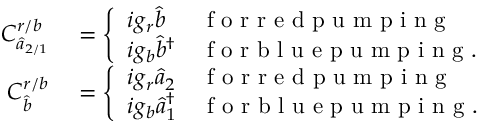
\begin{array} { r l } { C _ { \hat { a } _ { 2 / 1 } } ^ { r / b } } & { { } = \left\{ \begin{array} { l l } { i g _ { r } \hat { b } } & { \mathrm { ~ f ~ o ~ r ~ r ~ e ~ d ~ p ~ u ~ m ~ p ~ i ~ n ~ g ~ } } \\ { i g _ { b } \hat { b } ^ { \dagger } } & { \mathrm { ~ f ~ o ~ r ~ b ~ l ~ u ~ e ~ p ~ u ~ m ~ p ~ i ~ n ~ g ~ . ~ } } \end{array} \right. } \\ { C _ { \hat { b } } ^ { r / b } } & { { } = \left\{ \begin{array} { l l } { i g _ { r } \hat { a } _ { 2 } } & { \mathrm { ~ f ~ o ~ r ~ r ~ e ~ d ~ p ~ u ~ m ~ p ~ i ~ n ~ g ~ } } \\ { i g _ { b } \hat { a } _ { 1 } ^ { \dagger } } & { \mathrm { ~ f ~ o ~ r ~ b ~ l ~ u ~ e ~ p ~ u ~ m ~ p ~ i ~ n ~ g ~ . ~ } } \end{array} \right. } \end{array}